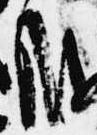
哉